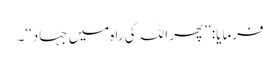
فرمایا: ’’پھر اللہ کی راہ میں جہاد‘‘۔